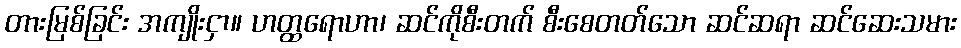
တားမြစ်ခြင်း အကျိုးငှာ။ ဟတ္ထရောဟာ၊ ဆင်ကိုစီးတက် စီးစေတတ်သော ဆင်ဆရာ ဆင်ဆေးသမား